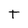
Character: t